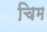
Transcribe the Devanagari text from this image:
चिम